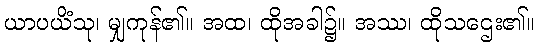
ယာပယိံသု၊ မျှကုန်၏။ အထ၊ ထိုအခါ၌။ အဿ၊ ထိုသဌေး၏။